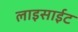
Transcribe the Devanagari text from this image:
लाइसाईट